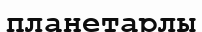
планетарлы